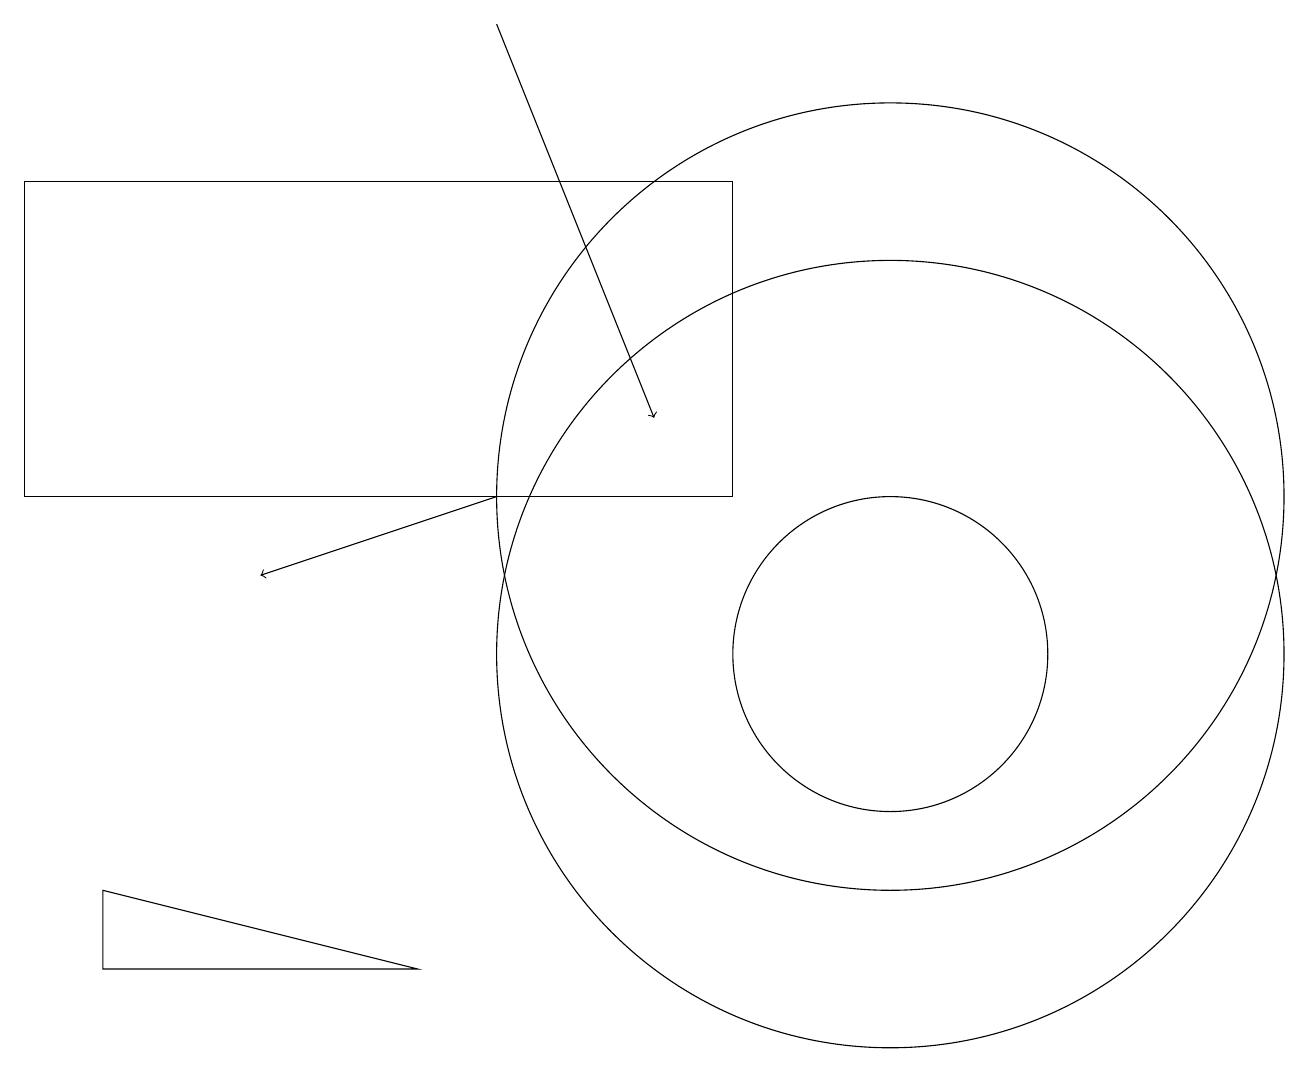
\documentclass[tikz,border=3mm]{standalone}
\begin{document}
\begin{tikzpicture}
\draw[->] (6,18) -- (8,13);
\draw[->] (6,12) -- (3,11);
\draw (11,10) circle (5);
\draw (11,10) circle (2);
\draw (1,6) -- (5,6) -- (1,7) -- cycle;
\draw (11,12) circle (5);
\draw (0,12) rectangle (9,16);
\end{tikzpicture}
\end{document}